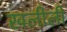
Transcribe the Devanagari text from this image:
खलीली